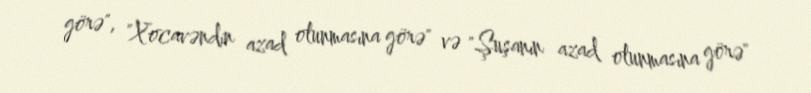
görə", "Xocavəndin azad olunmasına görə" və "Şuşanın azad olunmasına görə"